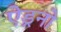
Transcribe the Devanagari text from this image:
ऐड्रनो